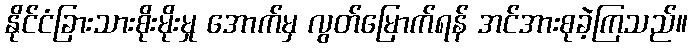
နိုင်ငံခြားသားစိုးမိုးမှု အောက်မှ လွတ်မြောက်ရန် အင်အားစုခဲ့ကြသည်။